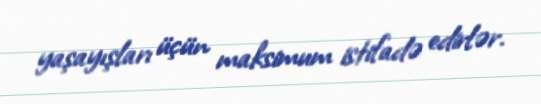
yaşayışları üçün maksimum istifadə edirlər.